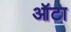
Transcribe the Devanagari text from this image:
ऑटा